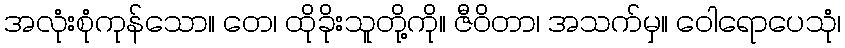
အလုံးစုံကုန်သော။ တေ၊ ထိုခိုးသူတို့ကို။ ဇီဝိတာ၊ အသက်မှ။ ဝေါရောပေသုံ၊